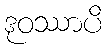
ဒုဝဿာပိ